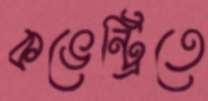
কভেন্ট্রিতে